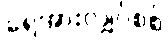
ရေအားလျှပ်စစ်